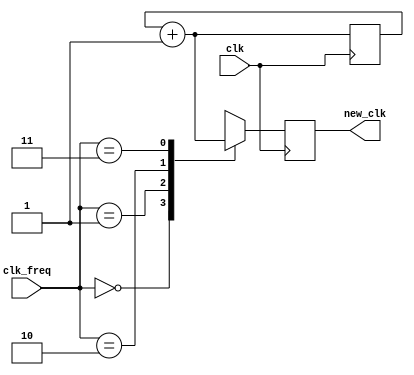
  // For clock division a 4-bit counter is used with 16 MHz input clock
  // and each bit frequency divides the previous by 2 
  // so with that we can generate and extract the required frequency to work with

module clock_divider (

    input            clk,       // System Clock which is assumed to be 16 MHz
    input      [1:0] clk_freq,  // User input to select required frequency
    output reg       new_clk    // output clock after division 1MHZ or 2MHz or 4MHz or 8MHz
);


  reg [3:0] count = 4'b0;

  always @(posedge clk) begin

    count = count + 1;  // count up 

    case (clk_freq)
      2'b00:
            new_clk = count[3];           // clk_freq = 00 then divide the 16 MHz by 16 selecting the fourth bit producing 1 MHz
      2'b01:
            new_clk = count[2];          // clk_freq = 00 then divide the 16 MHz by 8 selecting the fourth bit producing 2 MHz
      2'b10:
            new_clk = count[1];         // clk_freq = 00 then divide the 16 MHz by 4 selecting the fourth bit producing 4 MHz
      2'b11:
            new_clk = count[0];         // clk_freq = 00 then divide the 16 MHz by 2 selecting the fourth bit producing 8 MHz

      default: new_clk = clk;
    endcase

  end

endmodule